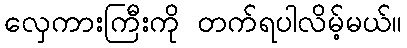
လှေကားကြီးကို တက်ရပါလိမ့်မယ်။